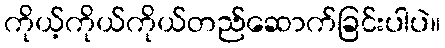
ကိုယ့်ကိုယ်ကိုယ်တည်ဆောက်ခြင်းပါပဲ။